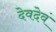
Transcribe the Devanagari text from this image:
देवदेवं